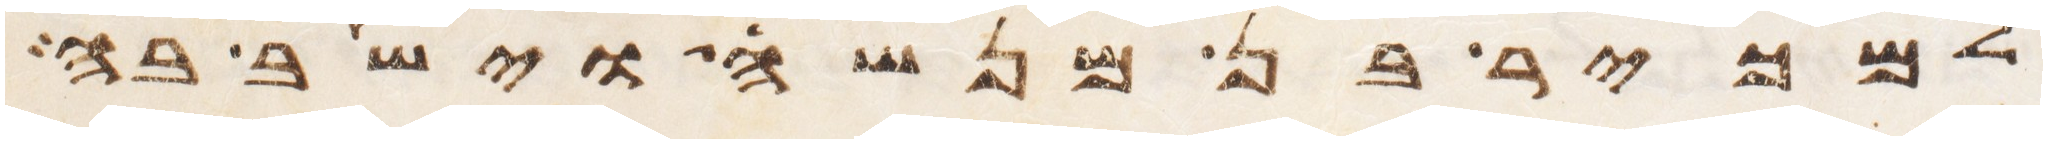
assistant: למכיר בן מנשה וישב בה